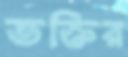
ভক্তির